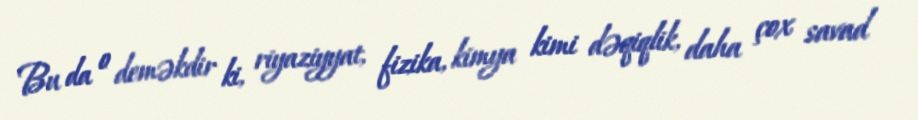
Bu da o deməkdir ki, riyaziyyat, fizika, kimya kimi dəqiqlik, daha çox savad